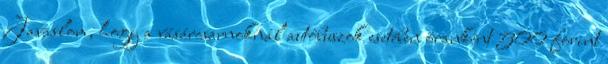
Javaslom, hogy a vásárcsarnoknál autóbuszok esetében óránként 500 forint